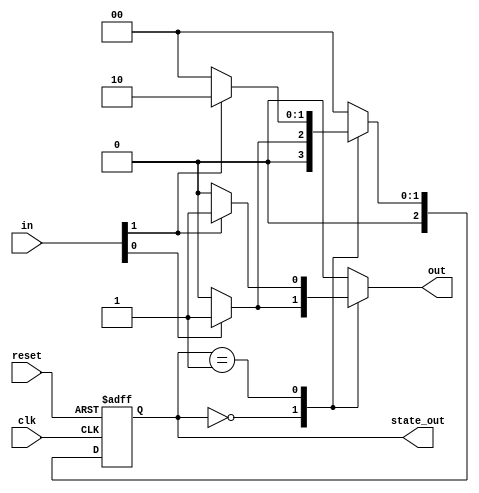
module mealy_fsm #(
    parameter N = 3,         // Number of bits for the state (number of states = 2^N)
    parameter M = 2          // Number of inputs
) (
    input wire clk,          // Clock signal
    input wire reset,        // Reset signal
    input wire [M-1:0] in,   // Input signals
    output reg [N-1:0] state_out, // Current state output
    output reg out           // Output signal
);

    // State encoding
    localparam S0 = 3'b000, // Example state 0
               S1 = 3'b001, // Example state 1
               S2 = 3'b010; // Example state 2
               // Add more states as needed

    // State register
    reg [N-1:0] current_state, next_state;

    // Combinational logic for state transition and output generation
    always @(*) begin
        case (current_state)
            S0: begin
                if (in[0]) begin
                    next_state = S1;
                    out = 1'b1; // Example output transition
                end else begin
                    next_state = S0;
                    out = 1'b0;
                end
            end
            
            S1: begin
                if (in[1]) begin
                    next_state = S2;
                    out = 1'b1; // Example output transition
                end else begin
                    next_state = S0;
                    out = 1'b0;
                end
            end
            
            S2: begin
                // Define your logic for state S2
                next_state = S0; // Example transition
                out = 1'b0;      // Example output
            end
            
            default: begin
                next_state = S0; // Default case
                out = 1'b0;
            end
        endcase
    end

    // Sequential logic for state register
    always @(posedge clk or posedge reset) begin
        if (reset) begin
            current_state <= S0; // Reset to initial state
        end else begin
            current_state <= next_state; // Update state
        end
    end

    // Output the current state
    assign state_out = current_state;

endmodule